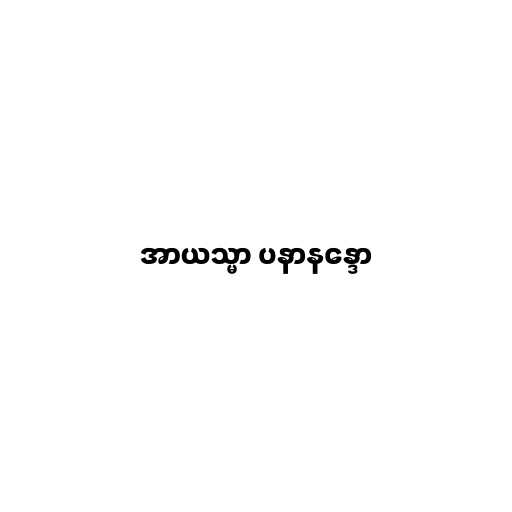
အာယသ္မာ ပနာနန္ဒော